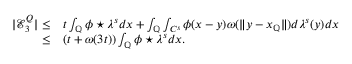
\begin{array} { r l } { | \mathcal { E } _ { 3 } ^ { Q } | \leq } & { t \int _ { \mathbb { Q } } \phi \star \lambda ^ { s } d x + \int _ { \mathbb { Q } } \int _ { C ^ { s } } \phi ( x - y ) \omega ( \| y - x _ { \mathbb { Q } } \| ) d \lambda ^ { s } ( y ) d x } \\ { \leq } & { ( t + \omega ( 3 t ) ) \int _ { \mathbb { Q } } \phi \star \lambda ^ { s } d x . } \end{array}